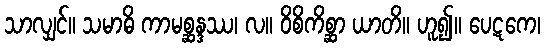
သာလျှင်။ သမာဓိ ကာမစ္ဆန္ဒဿ၊ လ။ ဝိစိကိစ္ဆာ ယာတိ။ ဟူ၍။ ပေဋကေ၊